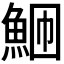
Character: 𬵎